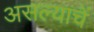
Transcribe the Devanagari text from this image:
असल्याचें